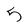
Character: 5